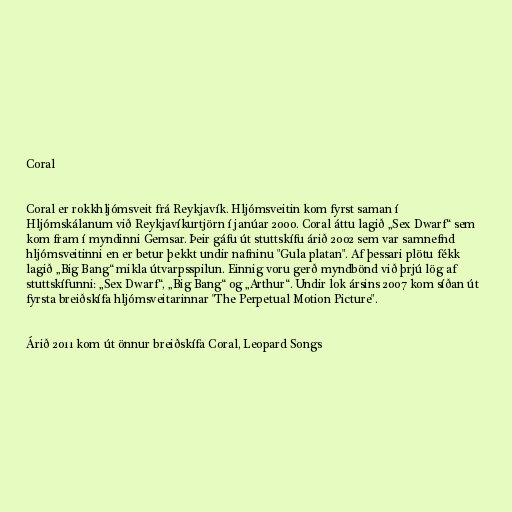
Coral

Coral er rokkhljómsveit frá Reykjavík. Hljómsveitin kom fyrst saman í
Hljómskálanum við Reykjavíkurtjörn í janúar 2000. Coral áttu lagið „Sex Dwarf“ sem
kom fram í myndinni Gemsar. Þeir gáfu út stuttskífu árið 2002 sem var samnefnd
hljómsveitinni en er betur þekkt undir nafninu "Gula platan". Af þessari plötu fékk
lagið „Big Bang“ mikla útvarpsspilun. Einnig voru gerð myndbönd við þrjú lög af
stuttskífunni: „Sex Dwarf“, „Big Bang“ og „Arthur“. Undir lok ársins 2007 kom síðan út
fyrsta breiðskífa hljómsveitarinnar "The Perpetual Motion Picture".

Árið 2011 kom út önnur breiðskífa Coral, Leopard Songs